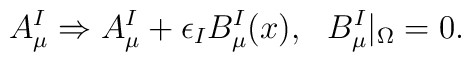
A_\mu^I\Rightarrow A_\mu^I+\epsilon_I B_\mu^I(x),~~ B_\mu^I|_\Omega =0.